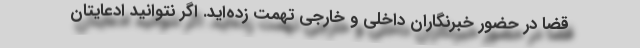
قضا در حضور خبرنگاران داخلی و خارجی تهمت زده‌اید. اگر نتوانید ادعایتان